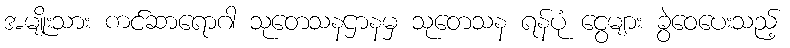
အမျိုးသား ကင်ဆာရောဂါ သုတေသနဌာနမှ သုတေသန ရန်ပုံ ငွေများ ခွဲဝေပေးသည့်